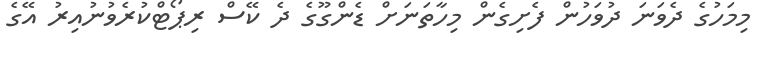
މިމަހުގެ ދެވަނަ ދުވަހުން ފެށިގެން މިހާތަނަށް ޑެންގޫގެ ދެ ކޭސް ރިޕޯޓްކުރެވުނުއިރު އޭގެ